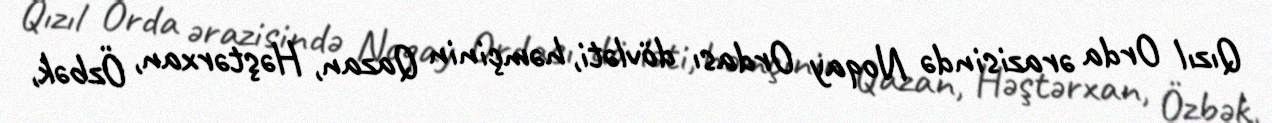
Qızıl Orda ərazisində Noqay Ordası dövləti, həmçinin Qazan, Həştərxan, Özbək,